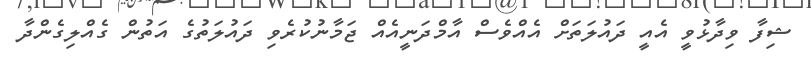
ޝިފާ ވިދާޅުވީ އެއީ ދައުލަތަށް އެއްވެސް އާމްދަނީއެއް ޖަމާނުކުރެވި ދައުލަތުގެ އަތުން ގެއްލިގެންދާ